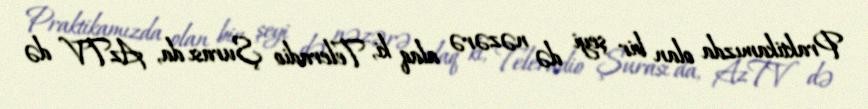
Praktikamızda olan bir şeyi də nəzərə alaq ki, Teleradio Şurası da, AzTV də